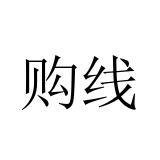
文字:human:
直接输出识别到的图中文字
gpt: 购线